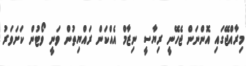
މިރާއްޖޭގައި އޮންނަން ޖެހޭނީ ރިޔާސީ ނިޒާމް އެެއްކަން ރައްޔިތުން ވަނީ ވޯޓުން ކަށަވަރު